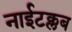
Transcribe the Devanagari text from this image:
नाईटक्लब